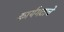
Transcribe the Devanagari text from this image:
कार्यगटाचे